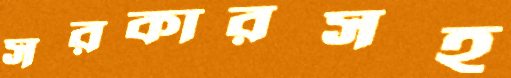
সরকারসহ